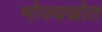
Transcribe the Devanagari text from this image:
भोज्यस्रोत